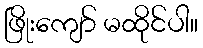
ဖြိုးကျော် မထိုင်ပါ။